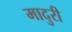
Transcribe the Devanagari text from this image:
मादुरी